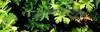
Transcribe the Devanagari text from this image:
सामांजस्यपूर्ण